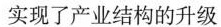
实现了产业结构的升级